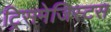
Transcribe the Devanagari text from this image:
ट्रिसमेजिस्टस